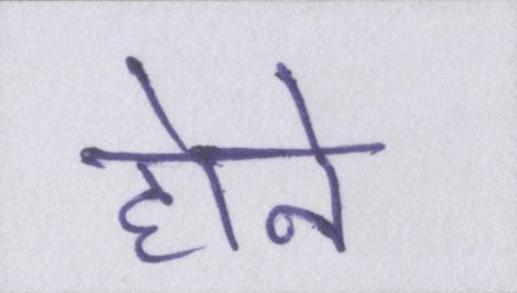
होने